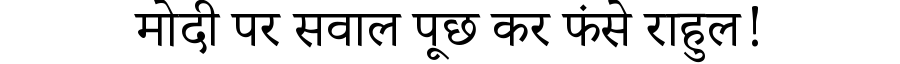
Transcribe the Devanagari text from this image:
मोदी पर सवाल पूछ कर फंसे राहुल!